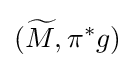
({\widetilde {M}},\pi ^{\ast }g)